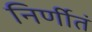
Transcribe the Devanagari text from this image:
निर्णीतं